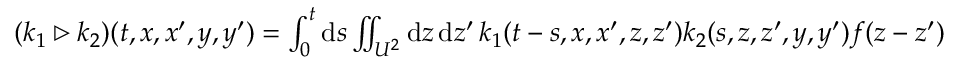
\begin{array} { r } { ( k _ { 1 } \triangleright k _ { 2 } ) ( t , x , x ^ { \prime } , y , y ^ { \prime } ) = \int _ { 0 } ^ { t } \ensuremath { \mathrm { d } } s \iint _ { U ^ { 2 } } \ensuremath { \mathrm { d } } z \, \ensuremath { \mathrm { d } } z ^ { \prime } \, k _ { 1 } ( t - s , x , x ^ { \prime } , z , z ^ { \prime } ) k _ { 2 } ( s , z , z ^ { \prime } , y , y ^ { \prime } ) f ( z - z ^ { \prime } ) } \end{array}